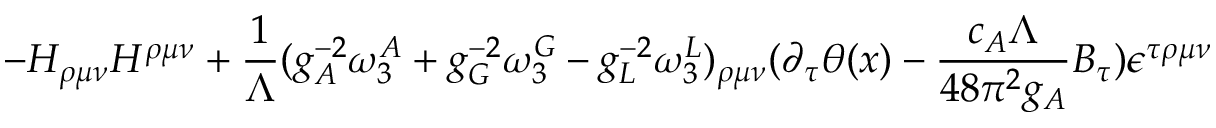
- H _ { \rho \mu \nu } H ^ { \rho \mu \nu } + { \frac { 1 } { \Lambda } } ( g _ { A } ^ { - 2 } \omega _ { 3 } ^ { A } + g _ { G } ^ { - 2 } \omega _ { 3 } ^ { G } - g _ { L } ^ { - 2 } \omega _ { 3 } ^ { L } ) _ { \rho \mu \nu } ( \partial _ { \tau } \theta ( x ) - { \frac { c _ { A } \Lambda } { 4 8 \pi ^ { 2 } g _ { A } } } B _ { \tau } ) \epsilon ^ { \tau \rho \mu \nu }